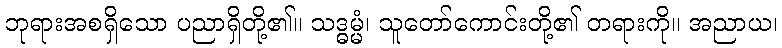
ဘုရားအစရှိသော ပညာရှိတို့၏။ သဒ္ဓမ္မံ၊ သူတော်ကောင်းတို့၏ တရားကို။ အညာယ၊